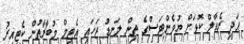
އަދި ރެއާލް ކޮޅަށް ޔުވެންޓަސްގެ ތިން ލަނޑު ޖަހައި އެޓީމް މުބާރާތުން ކެޓިއިރު